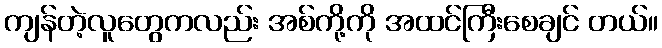
ကျန်တဲ့လူတွေကလည်း အစ်ကို့ကို အထင်ကြီးစေချင် တယ်။